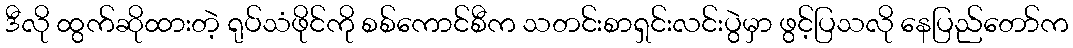
ဒီလို ထွက်ဆိုထားတဲ့ ရုပ်သံဖိုင်ကို စစ်ကောင်စီက သတင်းစာရှင်းလင်းပွဲမှာ ဖွင့်ပြသလို နေပြည်တော်က